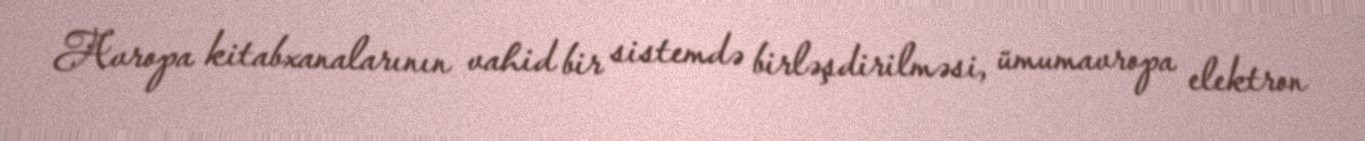
Avropa kitabxanalarının vahid bir sistemdə birləşdirilməsi, ümumavropa elektron